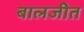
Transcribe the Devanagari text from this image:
बालजीत